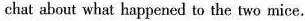
chat about what happened to the two mice.